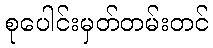
စုပေါင်းမှတ်တမ်းတင်